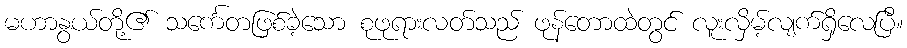
မဟာနွယ်တို့၏ သင်္ကေတဖြစ်ခဲ့သော စုဖုရားလတ်သည် ဖုန်တောထဲတွင် လူးလှိမ့်လျက်ရှိလေပြီ။